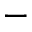
-